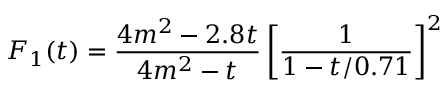
F _ { 1 } ( t ) = \frac { 4 m ^ { 2 } - 2 . 8 t } { 4 m ^ { 2 } - t } \left[ \frac { 1 } { 1 - t / 0 . 7 1 } \right] ^ { 2 }